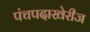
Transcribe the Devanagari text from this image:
पंचपदाखेरीज